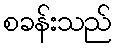
စခန်းသည်